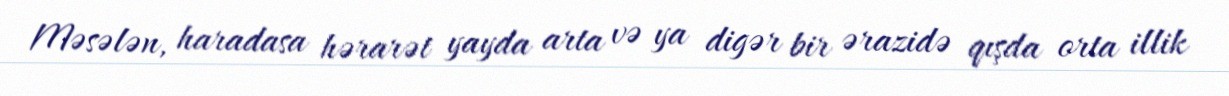
Məsələn, haradasa hərarət yayda arta və ya digər bir ərazidə qışda orta illik